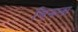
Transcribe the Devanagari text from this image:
विझला